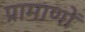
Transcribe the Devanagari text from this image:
प्रामाणों